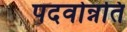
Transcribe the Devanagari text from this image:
पदवोन्नति